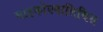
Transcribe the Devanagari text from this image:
साइकोएनालिसिस